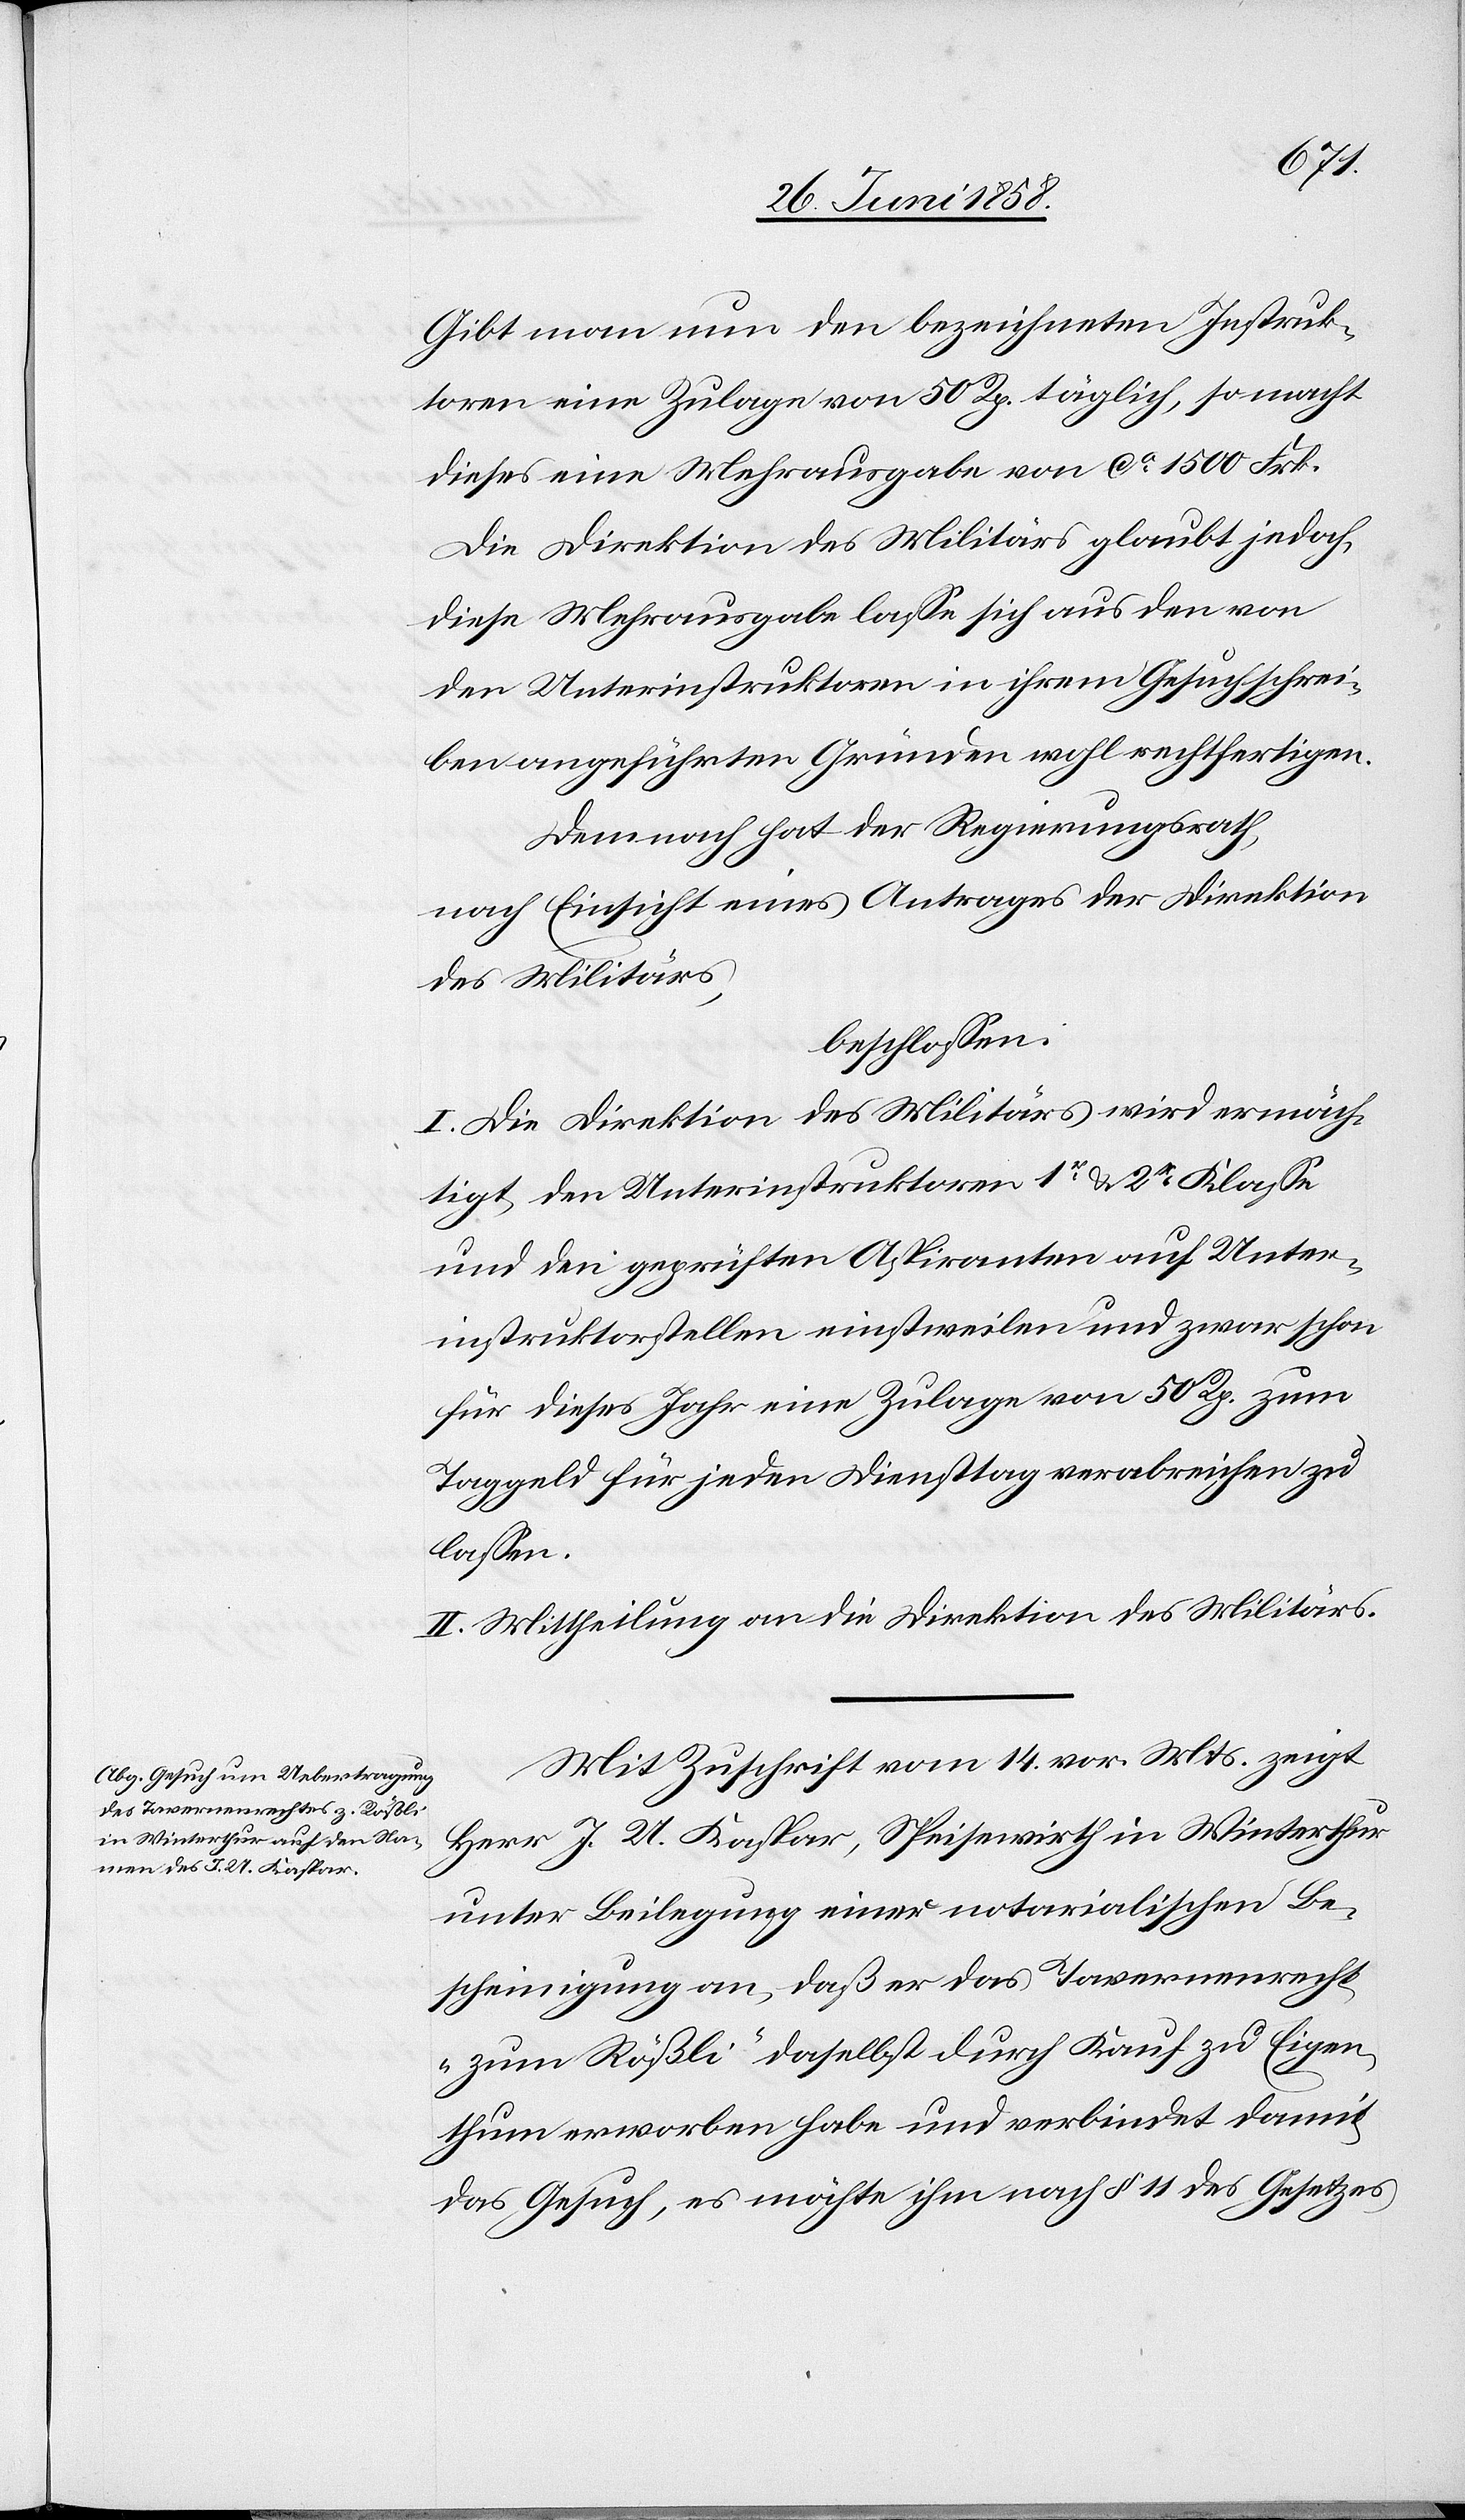
Gibt man nun den bezeichneten Instruk¬
toren eine Zulage von 50 Rp. täglich, so macht
dieses eine Mehrausgabe von ca 1500 Frk.
Die Direktion des Militärs glaubt jedoch,
diese Mehrausgabe lasse sich aus den von
den Unterinstruktoren in ihrem Gesuchschrei¬
ben angeführten Gründen wohl rechtfertigen.
Demnach hat der Regierungsrath,
nach Einsicht eines Antrages der Direktion
des Militärs,
beschlossen:
I. Die Direktion des Militärs wird ermäch¬
tigt, den Unterinstruktoren 1r & 2r Klasse
und den geprüften Aspiranten auf Unter¬
instruktorstellen einstweilen und zwar schon
für dieses Jahr eine Zulage von 50 Rp. zum
Taggeld für jeden Diensttag verabreichen zu
lassen.
II. Mittheilung an die Direktion des Militärs.
Mit Zuschrift vom 14. vor. Mts. zeigt
Herr J. U. Kaspar, Speisewirth in Winterthur
unter Beilegung einer notarialischen Be¬
scheinigung an, daß er das Tavernenrecht
„zum Rößli“ daselbst durch Kauf zu Eigen¬
thum erworben habe und verbindet damit
das Gesuch, es möchte ihm nach § 11 des Gesetzes